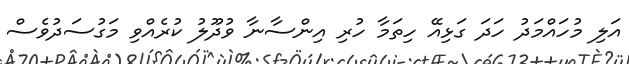
އަލި މުހައްމަދު ހަަދަ ގަަޅިއޭ ހިތަމާ ހުރި އިންސާނާ ވުދޫލު ކުރެއްވި މަގުސަދުވެސް